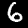
Label: 6